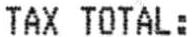
TAX TOTAL: